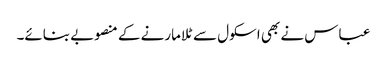
عباس نے بھی اسکول سے ٹلا مارنے کے منصوبے بنائے۔